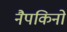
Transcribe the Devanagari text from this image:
नैपकिनों